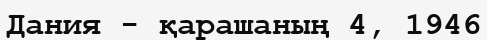
Дания - қарашаның 4, 1946